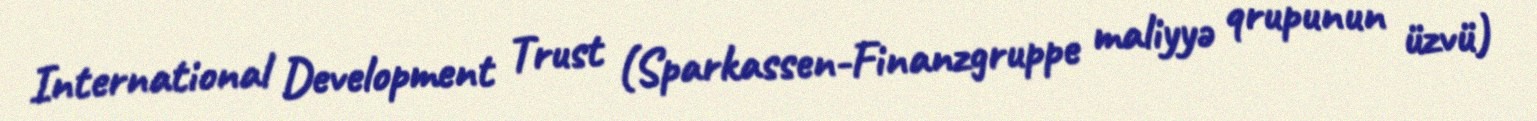
International Development Trust (Sparkassen-Finanzgruppe maliyyə qrupunun üzvü)